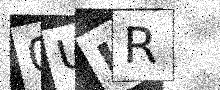
Text: 0UKR